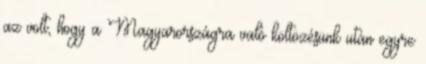
az volt, hogy a Magyarországra való költözésünk után egyre